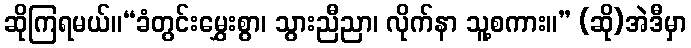
ဆိုကြရမယ်။“ခံတွင်းမွှေးစွာ၊ သွားညီညာ၊ လိုက်နာ သူ့စကား။” (ဆို)အဲဒီမှာ